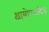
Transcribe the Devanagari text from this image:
क्षायोपशयिक